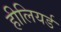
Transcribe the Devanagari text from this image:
हीलियर्ड